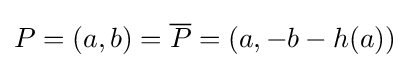
P=(a,b)={\overline {P}}=(a,-b-h(a))